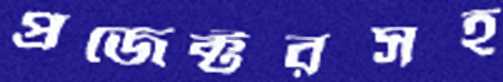
প্রজেক্টরসহ